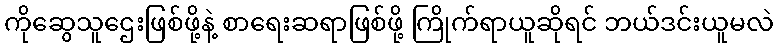
ကိုဆွေသူဌေးဖြစ်ဖို့နဲ့ စာရေးဆရာဖြစ်ဖို့ ကြိုက်ရာယူဆိုရင် ဘယ်ဒင်းယူမလဲ